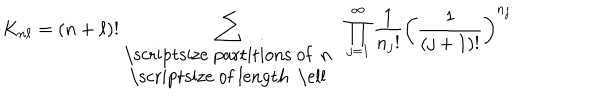
K _ { n \ell } = ( n + \ell ) ! \sum _ { { \mathrm { \scriptsize ~ p a r t i t i o n s ~ o f ~ n ~ } } \atop { \mathrm { \scriptsize ~ o f ~ l e n g t h ~ \ell ~ } } } \; \prod _ { j = 1 } ^ { \infty } \frac { 1 } { { n _ { j } } ! } \left( \frac { 1 } { ( j + 1 ) ! } \right) ^ { n _ { j } }